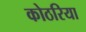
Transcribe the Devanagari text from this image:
कोठरिया